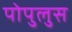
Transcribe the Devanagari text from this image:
पोपुलुस